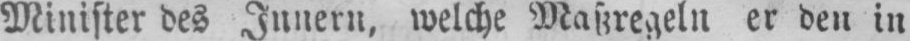
Minister des Innern, welche Maßregeln er den in